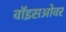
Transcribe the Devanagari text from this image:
वॉइसओवर